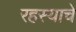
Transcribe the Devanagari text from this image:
रहस्याचे